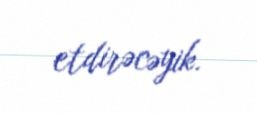
etdirəcəyik.